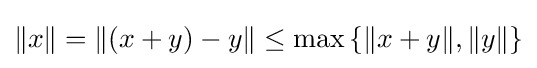
\|x\|=\|(x+y)-y\|\leq \max \left\{\|x+y\|,\|y\|\right\}